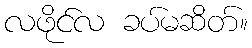
လဖိုင်လ ခပ်မဆိတ်။